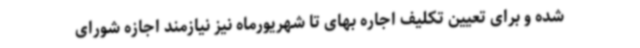
شده و برای تعیین تکلیف اجاره بهای تا شهریورماه نیز نیازمند اجازه شورای